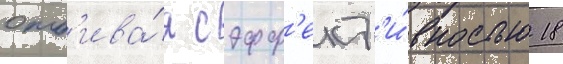
отб'ива́я с эфф'ект'и́вностью 18